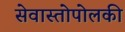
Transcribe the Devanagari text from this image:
सेवास्तोपोलकी